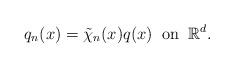
LaTeX: \begin{align*} q_n(x)=\tilde{\chi}_n(x)q(x)\;\;\textrm{on}\;\;\mathbb{R}^d.\end{align*}